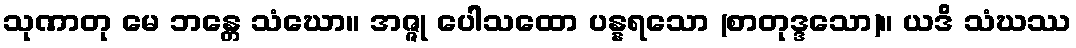
သုဏာတု မေ ဘန္တေ သံဃော။ အဇ္ဇု ပေါသထော ပန္နရသော (စာတုဒ္ဒသော)။ ယဒိ သံဃဿ